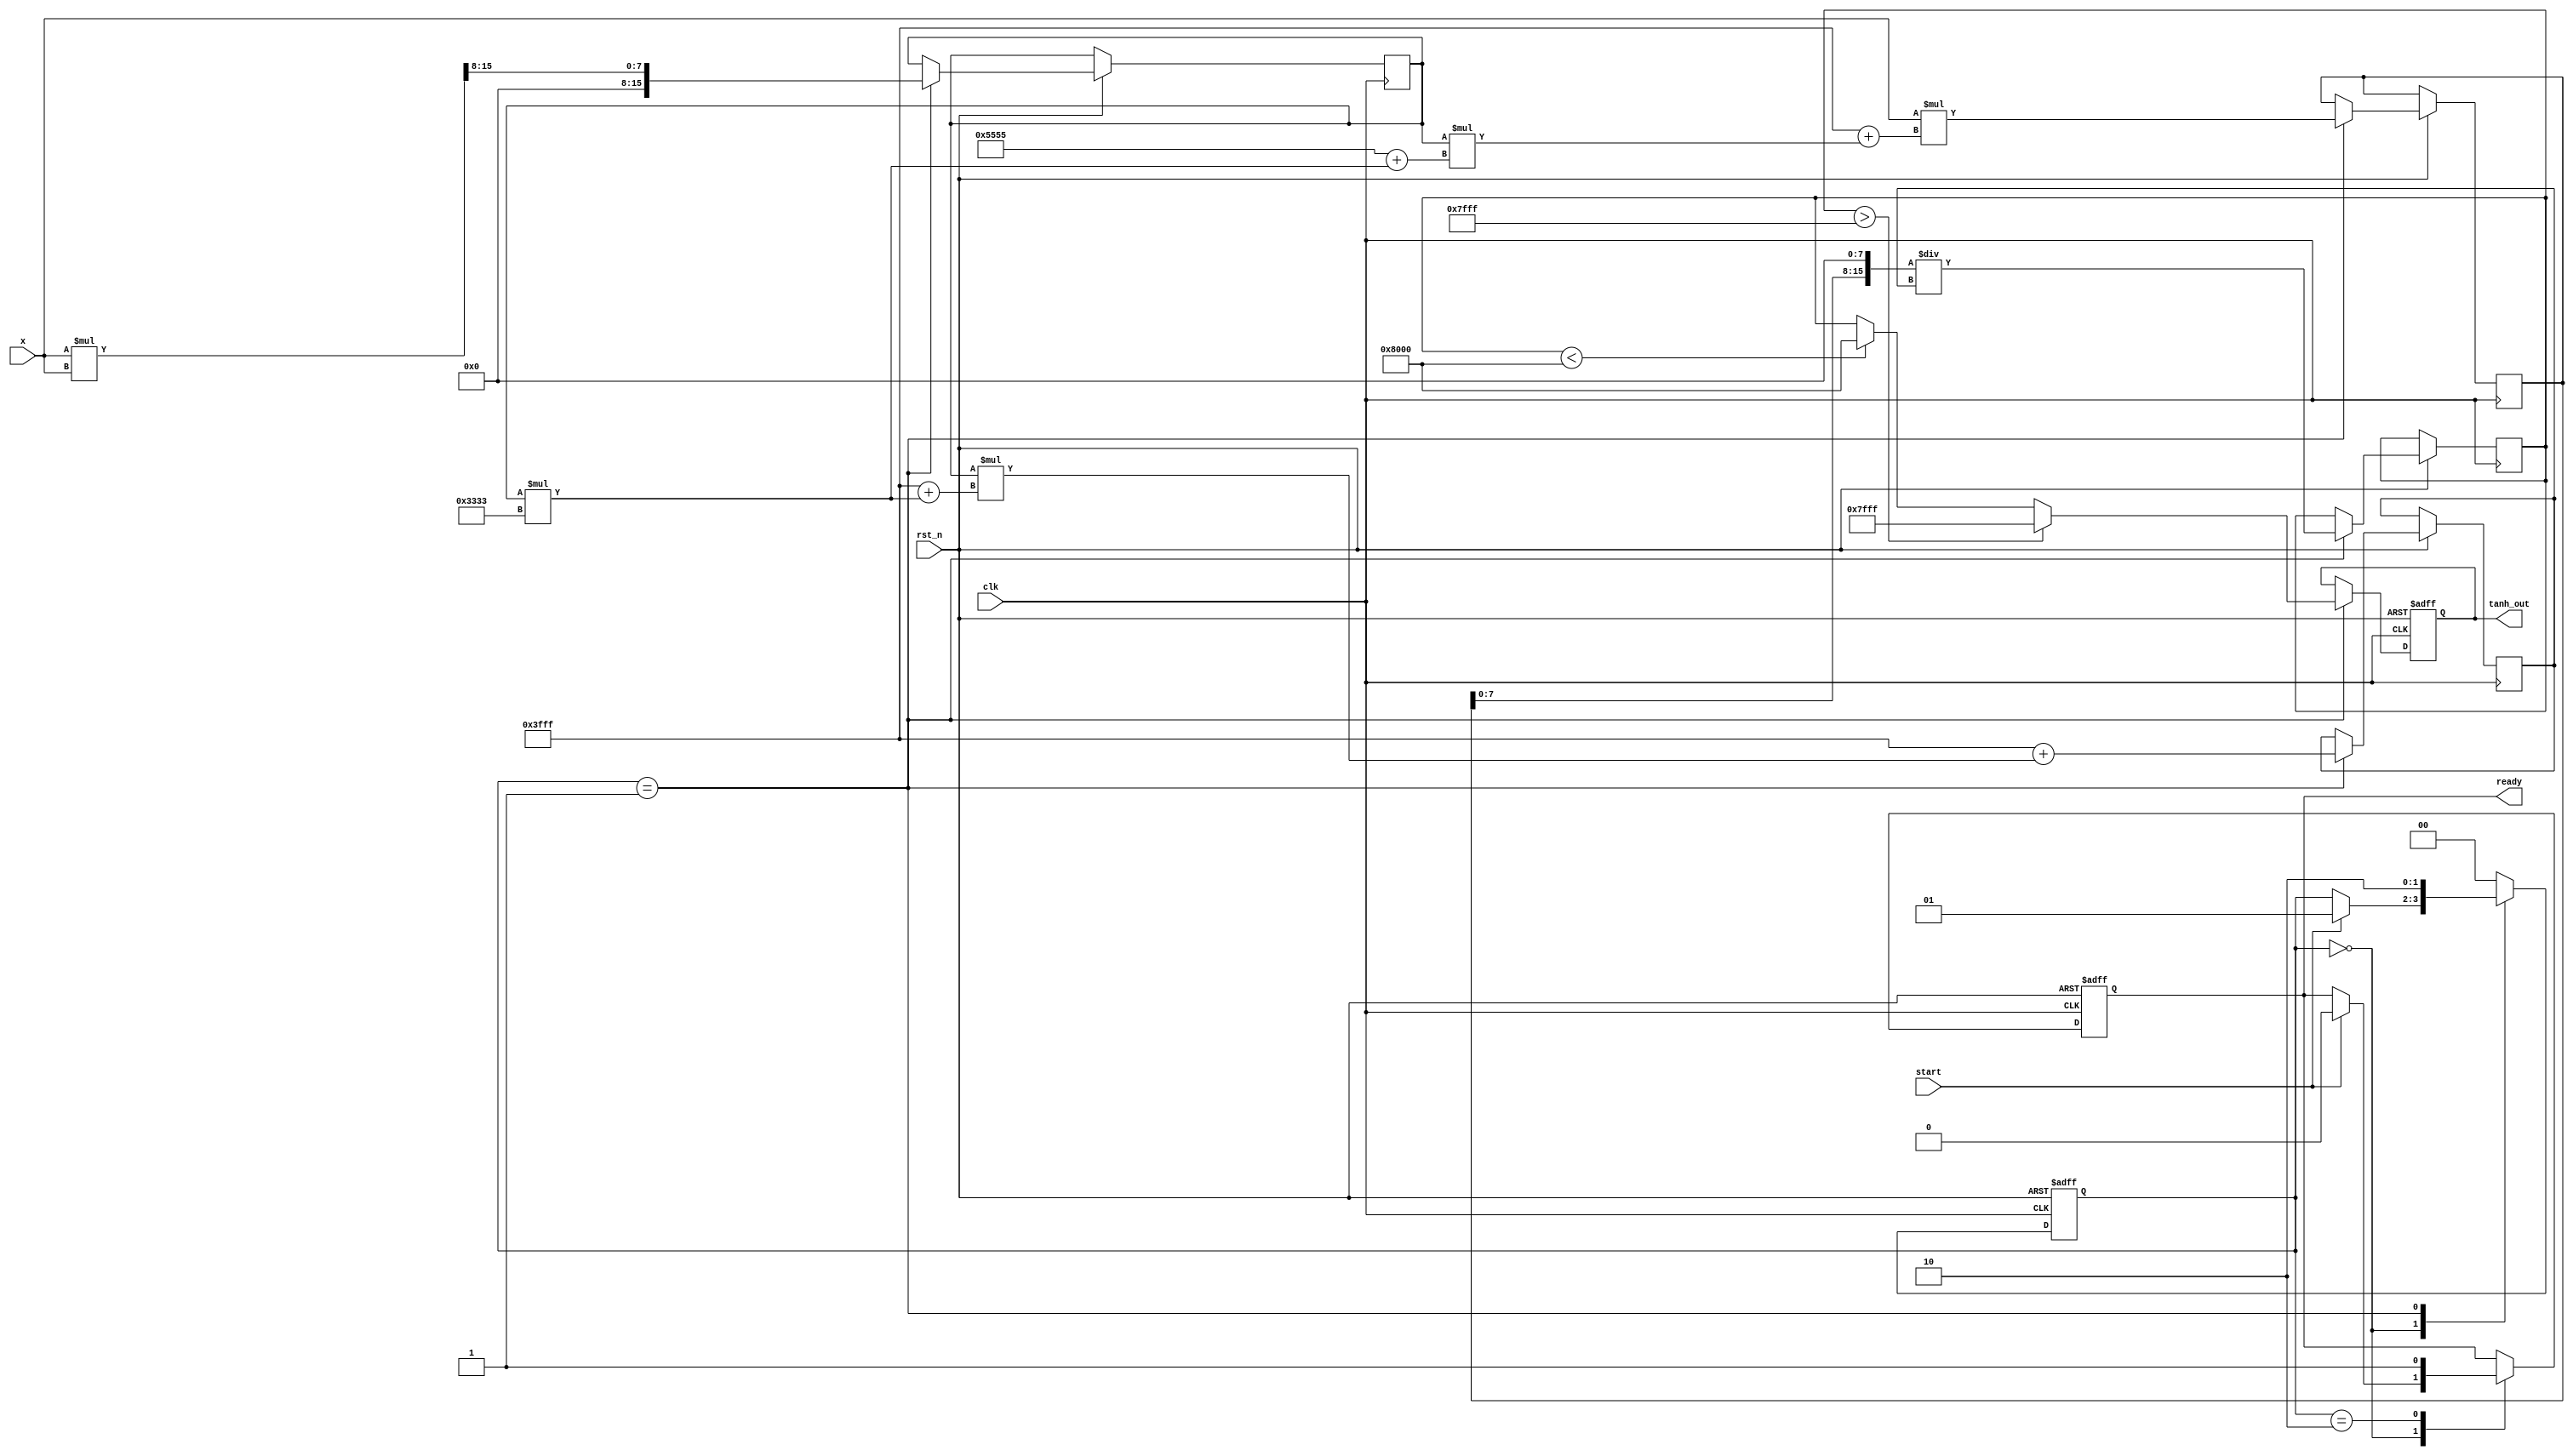
module tanh_arithmetic_block (
    input wire clk,
    input wire rst_n,
    input wire [15:0] x, // 16-bit fixed-point input
    input wire start,
    output reg [15:0] tanh_out, // 16-bit fixed-point output
    output reg ready
);

    // Parameters
    parameter WIDTH = 16; // Bit-width for inputs and outputs
    parameter MAX_OUTPUT = 16'h7FFF; // Maximum output value (1.0 in fixed-point)
    parameter MIN_OUTPUT = 16'h8000; // Minimum output value (-1.0 in fixed-point)

    // Internal signals
    reg [15:0] x_squared;
    reg [15:0] num; // Numerator for tanh approximation
    reg [15:0] denom; // Denominator for tanh approximation
    reg [1:0] state; // State machine for control
    reg [15:0] approx; // Approximation result

    // State machine states
    localparam IDLE = 2'b00;
    localparam COMPUTE = 2'b01;
    localparam OUTPUT = 2'b10;

    // Polynomial coefficients for tanh approximation (example: 3rd order)
    parameter C1 = 16'h3FFF; // 1.0
    parameter C2 = 16'h5555; // 1/3
    parameter C3 = 16'h3333; // 1/5

    // State machine
    always @(posedge clk or negedge rst_n) begin
        if (!rst_n) begin
            state <= IDLE;
            ready <= 1'b0;
            tanh_out <= 16'b0;
        end else begin
            case (state)
                IDLE: begin
                    if (start) begin
                        state <= COMPUTE;
                        ready <= 1'b0;
                    end
                end

                COMPUTE: begin
                    // Compute x^2
                    x_squared <= (x * x) >> 8; // Scale down for fixed-point precision

                    // Compute numerator and denominator
                    num <= x * (C1 + x_squared * (C2 + x_squared * C3));
                    denom <= C1 + x_squared * (C1 + x_squared * C3);

                    // Compute the approximation
                    approx <= (num << 8) / denom; // Scale result

                    // Clamp output
                    if (approx > MAX_OUTPUT) begin
                        tanh_out <= MAX_OUTPUT;
                    end else if (approx < MIN_OUTPUT) begin
                        tanh_out <= MIN_OUTPUT;
                    end else begin
                        tanh_out <= approx;
                    end

                    state <= OUTPUT;
                end

                OUTPUT: begin
                    ready <= 1'b1; // Signal that output is ready
                    state <= IDLE; // Go back to IDLE
                end

                default: state <= IDLE; // Default state
            endcase
        end
    end

endmodule